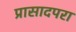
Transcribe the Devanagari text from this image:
प्रासादपरा